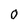
Character: 0